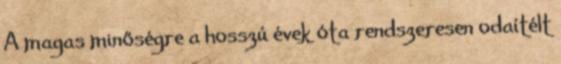
A magas minőségre a hosszú évek óta rendszeresen odaítélt